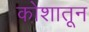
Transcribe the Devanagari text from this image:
कोशातून